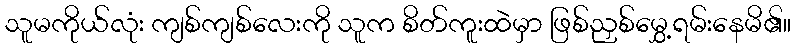
သူမကိုယ်လုံး ကျစ်ကျစ်လေးကို သူက စိတ်ကူးထဲမှာ ဖြစ်ညှစ်မွှေ့ရမ်းနေမိ၏။